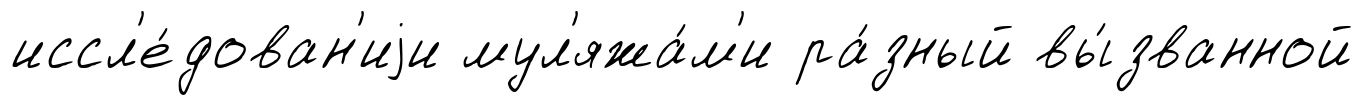
иссл'е́дован'иjи мул'яжа́м'и ра́зный вы́званной